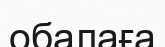
обалаға